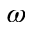
\omega